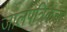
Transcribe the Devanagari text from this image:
जालपत्रिकेचा